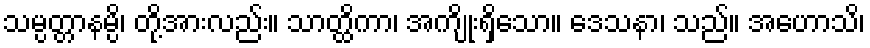
သမ္ပတ္တာနမ္ပိ၊ တို့အားလည်း။ သာတ္ထိကာ၊ အကျိုးရှိသော။ ဒေသနာ၊ သည်။ အဟောသိ၊